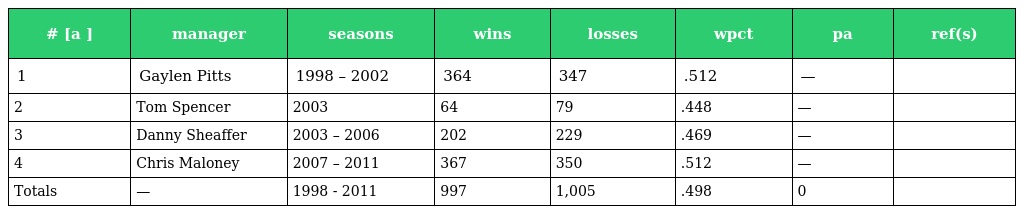
| # [a ] | manager | seasons | wins | losses | wpct | pa | ref(s) |
 | --- | --- | --- | --- | --- | --- | --- | --- |
 | 1 | Gaylen Pitts | 1998 – 2002 | 364 | 347 | .512 | — |  |
 | 2 | Tom Spencer | 2003 | 64 | 79 | .448 | — |  |
 | 3 | Danny Sheaffer | 2003 – 2006 | 202 | 229 | .469 | — |  |
 | 4 | Chris Maloney | 2007 – 2011 | 367 | 350 | .512 | — |  |
 | Totals | — | 1998 - 2011 | 997 | 1,005 | .498 | 0 |  |